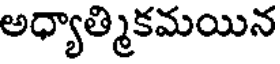
అధ్యాత్మికమయిన